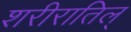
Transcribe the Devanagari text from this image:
शरीरातिल्